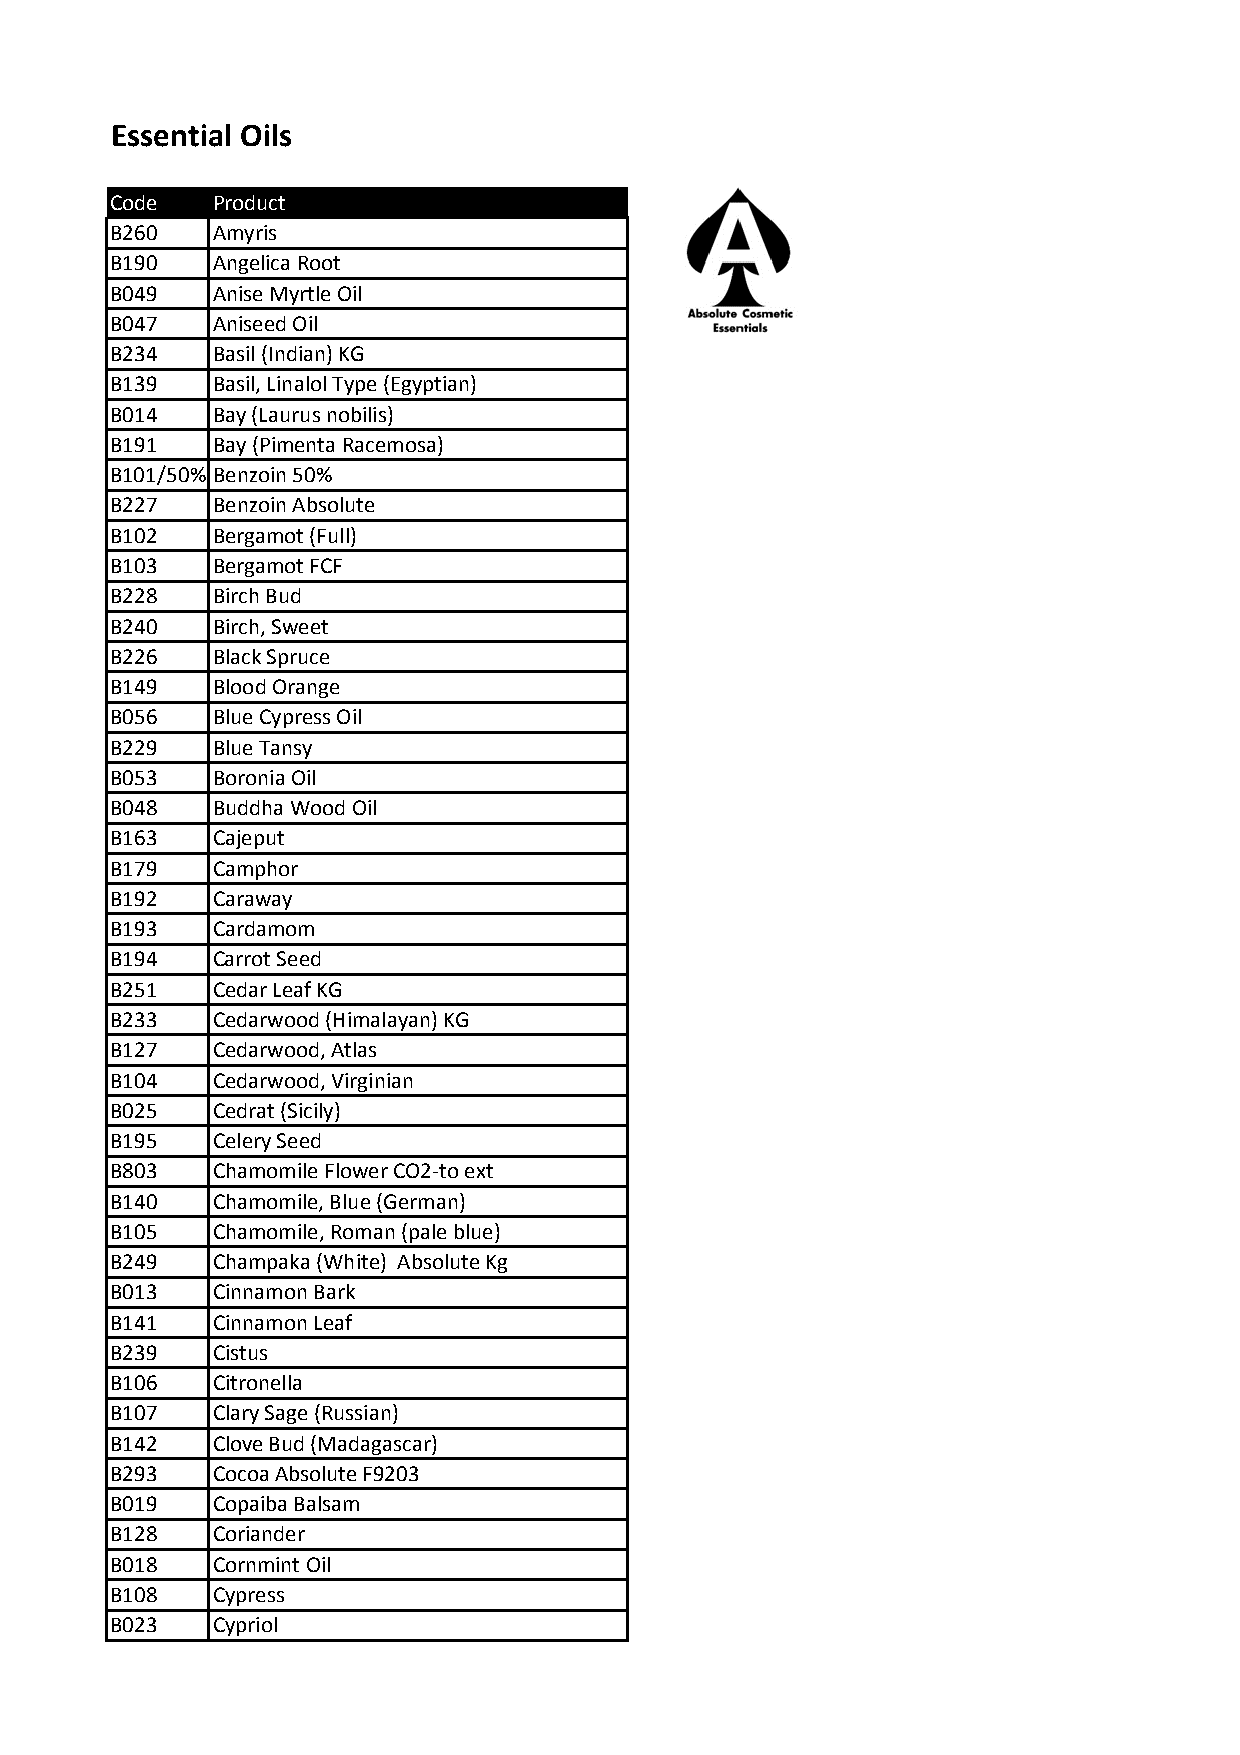
Essential Oils
 Code   Product
 B260   Amyris
 B190   Angelica Root
 B049   Anise Myrtle Oil
 B047   Aniseed Oil
 B234   Basil (Indian) KG
 B139   Basil, Linalol Type (Egyptian)
 B014   Bay (Laurus nobilis)
 B191   Bay (Pimenta Racemosa)
 B101/50% Benzoin 50%
 B227   Benzoin Absolute
 B102   Bergamot (Full)
 B103   Bergamot FCF
 B228   Birch Bud
 B240   Birch, Sweet
 B226   Black Spruce
 B149   Blood Orange
 B056   Blue Cypress Oil
 B229   Blue Tansy
 B053   Boronia Oil
 B048   Buddha Wood Oil
 B163   Cajeput
 B179   Camphor
 B192   Caraway
 B193   Cardamom
 B194   Carrot Seed
 B251   Cedar Leaf KG
 B233   Cedarwood (Himalayan) KG
 B127   Cedarwood, Atlas
 B104   Cedarwood, Virginian
 B025   Cedrat (Sicily)
 B195   Celery Seed
 B803   Chamomile Flower CO2-to ext
 B140   Chamomile, Blue (German)
 B105   Chamomile, Roman (pale blue)
 B249   Champaka (White) Absolute Kg
 B013   Cinnamon Bark
 B141   Cinnamon Leaf
 B239   Cistus
 B106   Citronella
 B107   Clary Sage (Russian)
 B142   Clove Bud (Madagascar)
 B293   Cocoa Absolute F9203
 B019   Copaiba Balsam
 B128   Coriander
 B018   Cornmint Oil
 B108   Cypress
 B023   Cypriol